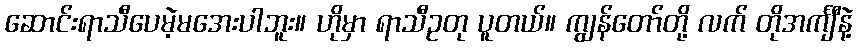
ဆောင်းရာသီပေမဲ့မအေးပါဘူး။ ဟိုမှာ ရာသီဥတု ပူတယ်။ ကျွန်တော်တို့ လက် တိုအင်္ကျီနဲ့